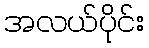
အလယ်ပိုင်း